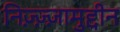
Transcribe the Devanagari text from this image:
निज़्ज़्ज़ामुद्दीन